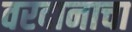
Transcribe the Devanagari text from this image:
वरदानाचा